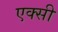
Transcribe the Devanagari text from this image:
एक्सी